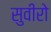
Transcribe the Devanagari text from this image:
सुवीरो